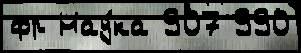
фр Нау́ка 907 990